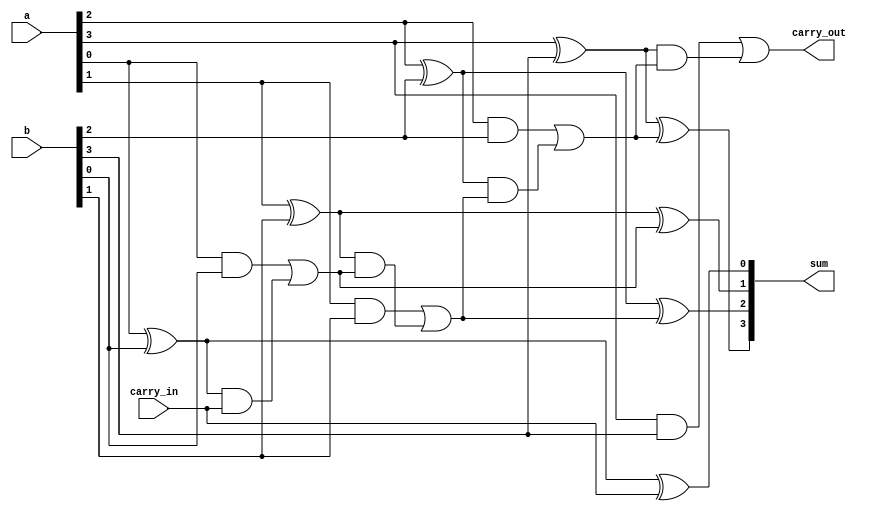
/* An N-bit ripple carry adder design using the generate block available in Verilog */

module gen_add(sum, carry_out, a, b, carry_in);

// Declaring a constant
parameter N = 4;

// Port declaration
output [N-1:0] sum;
output carry_out;
input [N-1:0] a, b;
input carry_in;
wire [N:0] carry;

assign carry[0] = carry_in;
assign carry_out = carry[N];

// Declaring a variable with genvar keyword
// only purpose of this variable is to instantiate
// the generate block, it does not have any role in simulation and synthesis
genvar p;

// Generate loop block
generate for(p=0; p<N; p=p+1)
begin: fa_block
    wire t1,t2,t3;
    xor G1(t1, a[p], b[p]), G2(sum[p], t1, carry[p]);
    and G3(t2, a[p], b[p]), G4(t3, t1, carry[p]);
    or G5(carry[p+1], t2, t3);
end
endgenerate
endmodule